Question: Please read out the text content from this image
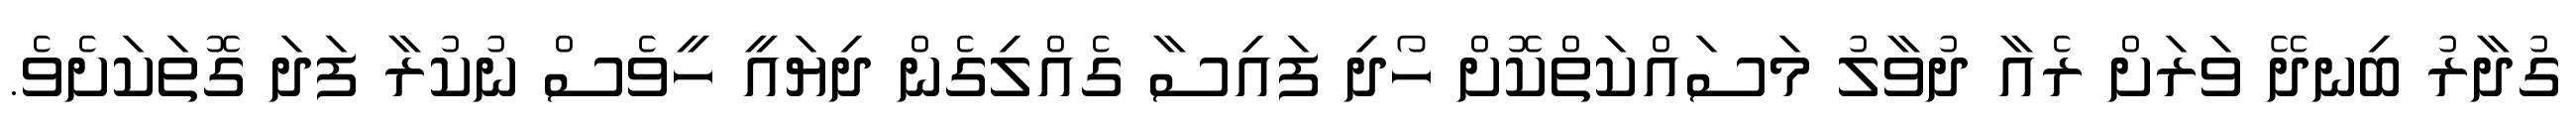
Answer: ގުދާރު ބިނދޭ ވަރަށް ރެއާ ދުވާލު މަސައްކަތްކޮށް ހޯދި ފައިސާ ގެއްލިގެން ދިޔައީ ހީވެސް ނުކުރާ ފަދަ ގޮތަކަށެވެ.